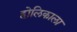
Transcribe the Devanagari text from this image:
होलिकाला